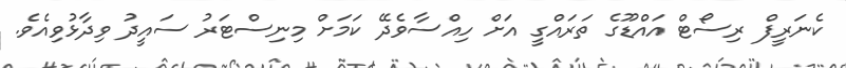
ކެނަރީފް ރިސޯޓް އައްޑޫގެ ތަރައްގީ އަށް ހިއްސާވެދޭ ކަަމަށް މިނިސްޓަރު ސައީދު ވިދާޅުވިއެވެ.